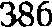
386